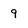
Character: 9